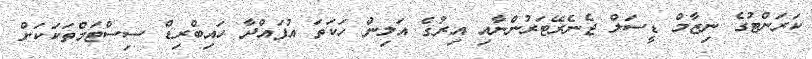
ކަރަންޓުގެ ނިޒާމް ޑީސަލް ޖެނެރޭޓަރުންނާއި އިރުގެ އަލިން ހަކަތަ އުފައްދާ ހައިބްރިޑް ސިސްޓަމްތަކަކަށް